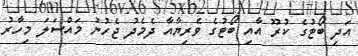
އަދި ބޯޓުގެ ކުރޫ އާއި ބޯޓުގެ ވެރިޔާއާ ދެމެދު ޖެހުނު މައްސަލަ މިހާރު